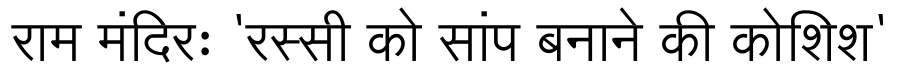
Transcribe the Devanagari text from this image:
राम मंदिरः 'रस्सी को सांप बनाने की कोशिश'